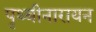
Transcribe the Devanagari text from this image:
पृथ्बीनारायन